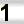
Digit: 1